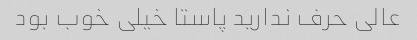
عالی حرف ندارید پاستا خیلی خوب بود